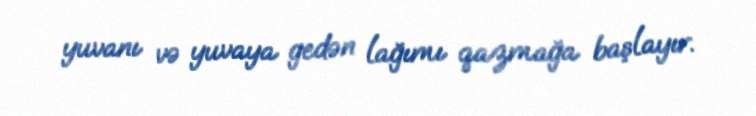
yuvanı və yuvaya gedən lağımı qazmağa başlayır.